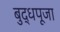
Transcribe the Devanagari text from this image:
बुद्धपूजा